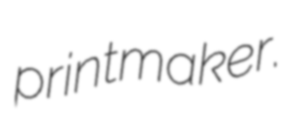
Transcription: printmaker.